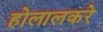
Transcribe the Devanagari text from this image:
होलालकरे